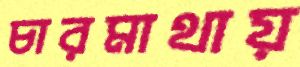
চারমাথায়